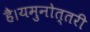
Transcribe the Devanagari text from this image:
है।यमुनोत्तरी